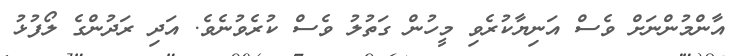
އާންމުންނަށް ވެސް އަނިޔާކުރެވި މީހުން ގަތުލު ވެސް ކުރެވުނެވެ. އަދި ރަދުންގެ ލޯފުޅު